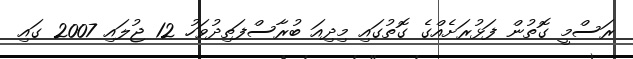
ރަސްމީ ގޮތުން ފަޅުރަށެއްގެ ގޮތުގައި މިދިއަ ބުރާސްފަތިދުވަހު 12 ޖުލައި 2007 ގައި